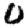
Digit: 0